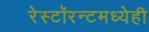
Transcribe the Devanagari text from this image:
रेस्टॉरन्टमध्येही